Piroplasma canis and its life cycle in the tick - Number 29
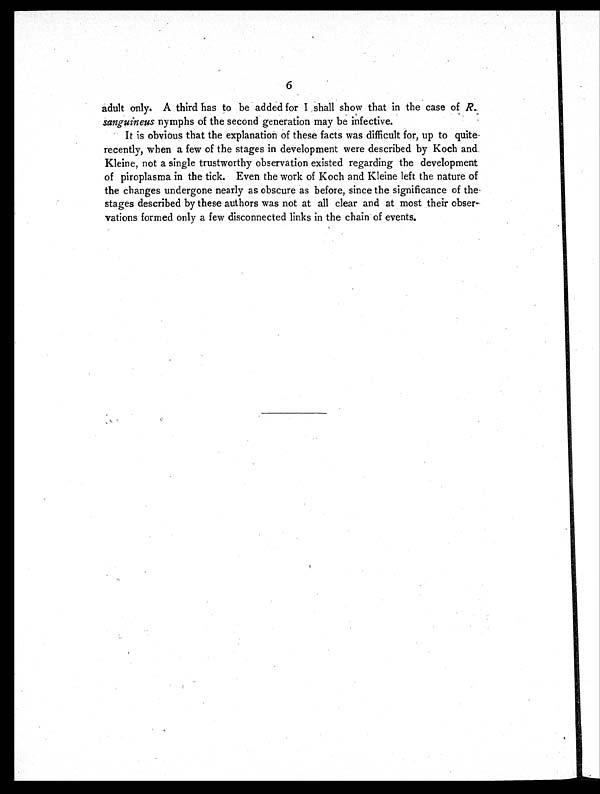
6
adult only. A third has to be added for I shall show that in the case of R.
sanguineus nymphs of the second generation may be infective.
It is obvious that the explanation of these facts was difficult for, up to quite
recently, when a few of the stages in development were described by Koch and
Kleine, not a single trustworthy observation existed regarding the development
of piroplasma in the tick. Even the work of Koch and Kleine left the nature of
the changes undergone nearly as obscure as before, since the significance of the
stages described by these authors was not at all clear and at most their obser-
vations formed only a few disconnected links in the chain of events.